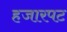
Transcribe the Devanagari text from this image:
हजारपट